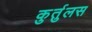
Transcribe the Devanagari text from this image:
कुर्तुलस